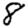
Digit: 8